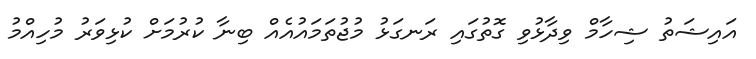
އައިޝަތު ޝިހާމް ވިދާޅުވި ގޮތުގައި ރަނގަޅު މުޖުތަމައުއެއް ބިނާ ކުރުމަށް ކުޅިވަރު މުހިއްމު